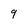
Character: 9